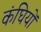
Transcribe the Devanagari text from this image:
कंघियों